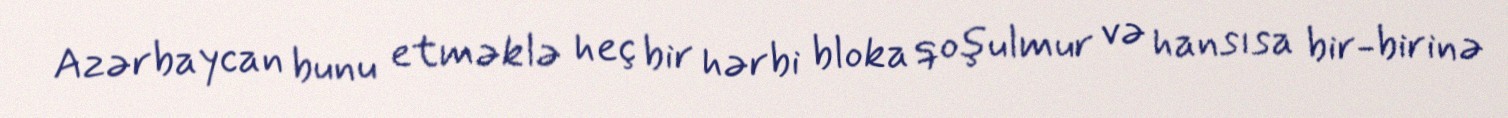
Azərbaycan bunu etməklə heç bir hərbi bloka qoşulmur və hansısa bir-birinə